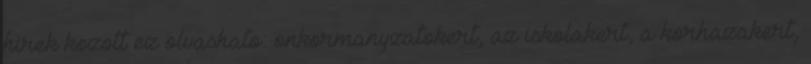
hirek kozott ez olvashato: onkormanyzatokert, az iskolakert, a korhazakert,